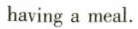
having a meal.